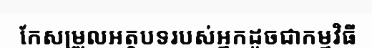
កែសម្រួលអត្ថបទរបស់អ្នកដូចជាកម្មវិធី